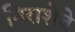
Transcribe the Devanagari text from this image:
निराशेचे